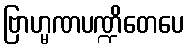
ဗြာဟ္မဏပဏ္ဍိတေပေ